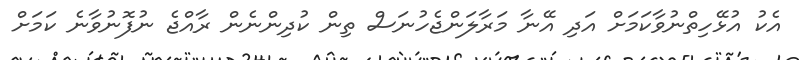
އެކު އުޅޭހިތްނުވާކަމަށް އަދި އޭނާ މަރާލަންޖެހުނަސް ތިން ކުދިންނެން ރާއްޖެ ނުފޮނުވާނެ ކަމަށް